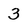
Character: 3